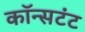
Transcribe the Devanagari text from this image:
कॉन्सटंट